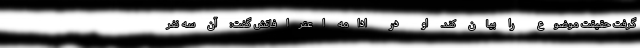
گرفت حقیقت موضوع را بیان کند. او در ادامه اعترافاتش گفت: آن سه نفر